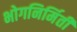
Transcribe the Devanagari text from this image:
भोगनिर्मिती